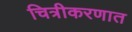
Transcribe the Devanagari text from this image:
चित्रीकरणात